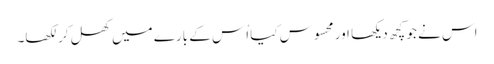
اس نے جو کچھ دیکھا اور محسوس کیا اُس کے بارے میں کھل کر لکھا۔